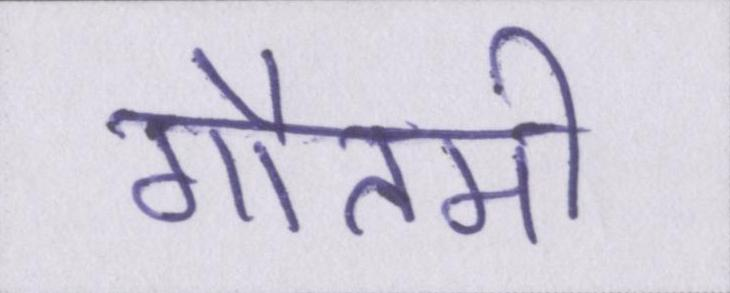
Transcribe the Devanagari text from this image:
गौतमी